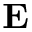
\mathbf { E }